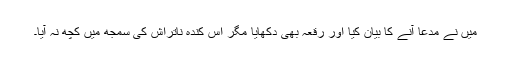
میں نے مدّعا آنے کا بیان کیا اور رقعہ بھی دکھایا مگر اُس کندہِ ناتراش کی سمجھ میں کچھ نہ آیا۔